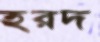
হরদ